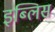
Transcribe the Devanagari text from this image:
इब्लिस